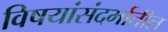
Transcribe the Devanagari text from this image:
विषयांसंदर्भातील